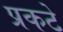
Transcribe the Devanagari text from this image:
प्रकटे